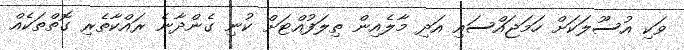
ވަކި އުސޫލަކަށް ހަމަޖައްސައި އަދި މާލެއިން ތިލަފުއްޓަށް ކުނި ގެންދާނެ ރައްކާތެރި ގޮތްތަކެއް